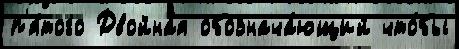
п'я́того Двойна́я обознача́ющий что́бы